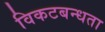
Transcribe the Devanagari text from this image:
विकटबन्धता